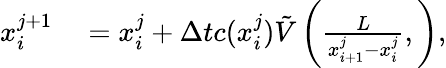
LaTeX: \begin{array}{rl}{x_{i}^{j+1}}&{{}=x_{i}^{j}+\Delta tc(x_{i}^{j})\tilde{V}\left(\frac{L}{x_{i+1}^{j}-x_{i}^{j}},\right),}\end{array}